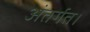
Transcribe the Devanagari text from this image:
अंतर्गत।